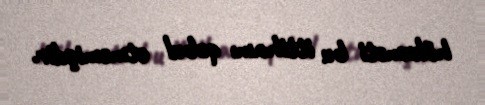
hökuməti bu ittihamı qəbul etməmişdir.